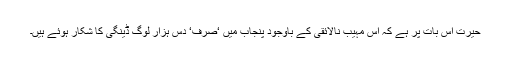
حیرت اس بات پر ہے کہ اس مہیب نالائقی کے باوجود پنجاب میں ‘صرف‘ دس ہزار لوگ ڈینگی کا شکار ہوئے ہیں۔